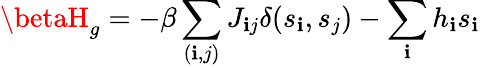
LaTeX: \betaH_{g}=-\beta\sum_{(\mathbf{i},j)}J_{\mathbf{i}j}\delta(s_{\mathbf{i}},s_{j})-\sum_{\mathbf{i}}h_{\mathbf{i}}s_{\mathbf{i}}